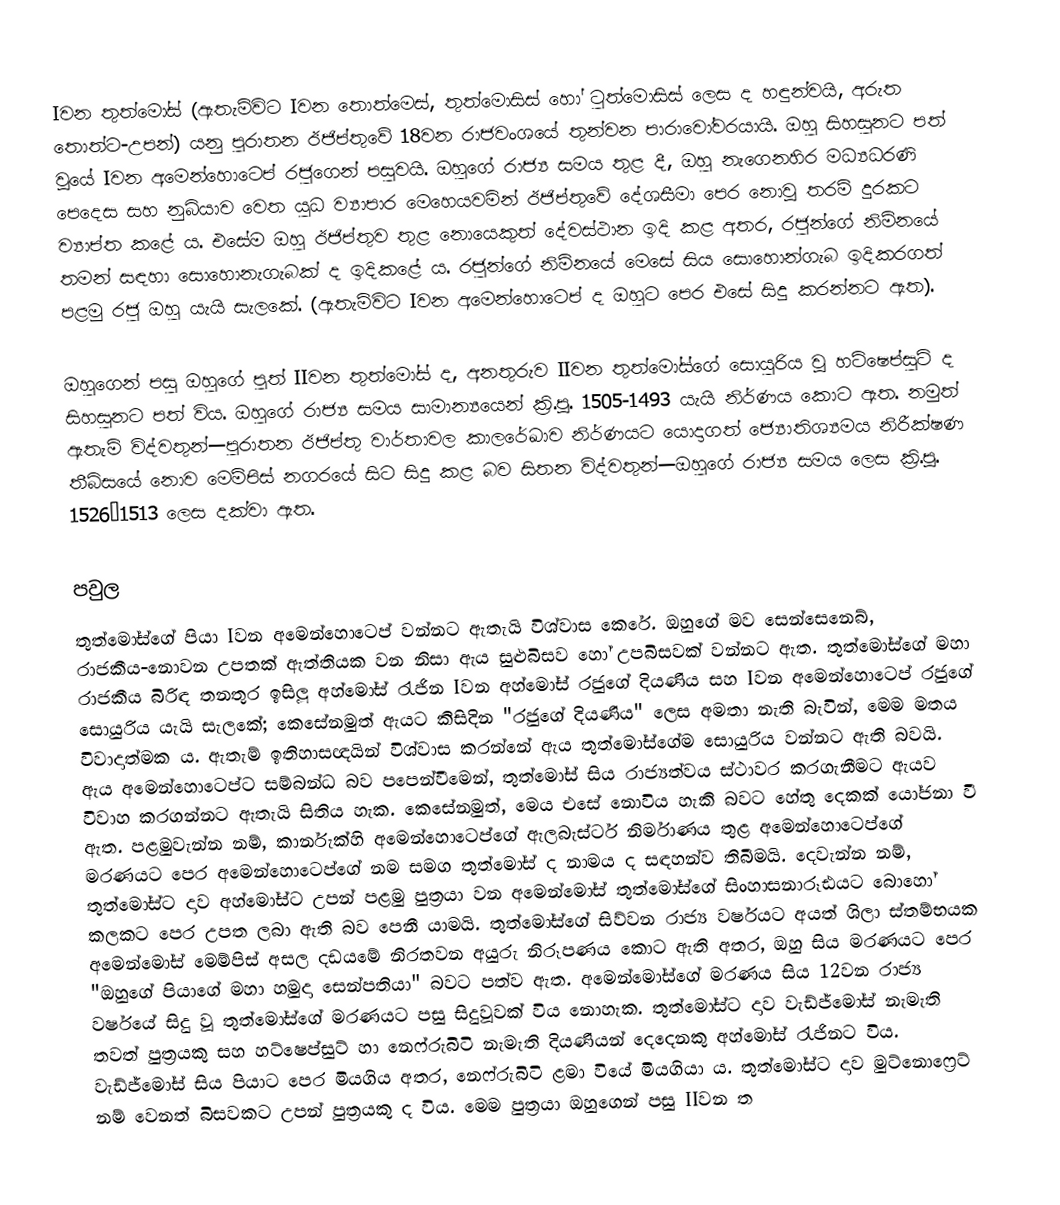
Iවන තුත්මෝස් (ඇතැම්විට Iවන තොත්මෙස්, තුත්මොසිස් හෝ ටුත්මොසිස්  ලෙස ද හඳුන්වයි, අරුත තොත්ට-උපන්) යනු පුරාතන ඊජිප්තුවේ 18වන රාජවංශයේ තුන්වන පාරාවෝවරයායි. ඔහු සිහසුනට පත් වූයේ Iවන අමෙන්හොටෙප් රජුගෙන් පසුවයි. ඔහුගේ රාජ්‍ය සමය තුළ දී, ඔහු නැ‍ගෙනහිර මධ්‍යධරණි පෙදෙස සහ නුබියාව වෙත යුධ ව්‍යාපාර මෙහෙයවමින් ඊජිප්තුවේ දේශසීමා පෙර නොවූ තරම් දුරකට ව්‍යාප්ත කළේ ය. එසේම ඔහු ඊජිප්තුව තුළ නොයෙකුත් දේවස්ථාන ඉදි කළ අතර, රජුන්ගේ නිම්නයේ තමන් සඳහා සොහොනැගැබක් ද ඉදිකළේ ය. රජුන්ගේ නිම්නයේ මෙසේ සිය සොහොන්ගැබ ඉදිකරගත් පළමු රජු ඔහු යැයි සැලකේ. (ඇතැම්විට Iවන අමෙන්හොටෙප් ද ඔහුට පෙර එසේ සිදු කරන්නට ඇත).

ඔහුගෙන් පසු ඔහුගේ පුත් IIවන තුත්මෝස් ද, අනතුරුව IIවන තුත්මෝස්ගේ සොයුරිය වූ හට්ෂෙප්සුට් ද සිහසුනට පත් විය. ඔහුගේ රාජ්‍ය සමය සාමාන්‍යයෙන් ක්‍රි.පූ. 1505-1493 යැයි නිර්ණය කොට ඇත. නමුත් ඇතැම් විද්වතුන්—පුරාතන ඊජිප්තු වාර්තාවල කාලරේඛාව නිර්ණයට යොදාගත් ජ්‍යොතිශ්‍යමය නිරීක්ෂණ තීබ්සයේ නොව මෙම්පිස් නගරයේ සිට සිදු කළ බව සිතන විද්වතුන්—ඔහුගේ රාජ්‍ය සමය ලෙස ක්‍රි.පූ. 1526–1513 ලෙස දක්වා ඇත.

පවුල
තුත්මෝස්ගේ පියා Iවන අමෙන්හොටෙප් වන්නට ඇතැයි විශ්වාස කෙරේ. ඔහුගේ මව සෙන්සෙනෙබ්, රාජකීය-නොවන උපතක් ඇත්තියක වන නිසා ඇය සුළුබිසව හෝ උපබිසවක් වන්නට ඇත. තුත්මෝස්ගේ මහා රාජකීය බිරිඳ තනතුර ඉසිලූ අහ්මෝස් රැජින Iවන අහ්මෝස් රජුගේ දියණිය සහ Iවන අමෙන්හොටෙප් රජුගේ සොයුරිය යැයි සැලකේ; කෙසේනමුත් ඇයට කිසිදින "රජුගේ දියණිය" ලෙස අමතා නැති බැවින්, මෙම මතය විවාදාත්මක ය. ඇතැම් ඉතිහාසඥයින් විශ්වාස කරන්නේ ඇය තුත්මෝස්ගේම සොයුරිය වන්නට ඇති බවයි. ඇය අමෙන්හොටෙප්ට සම්බන්ධ බව පපෙන්වීමෙන්, තුත්මෝස් සිය රාජ්‍යත්වය ස්ථාවර කරගැනීමට ඇයව විවාහ කරගන්නට ඇතැයි සිතිය හැක. කෙසේනමුත්, මෙය එසේ නොවිය හැකි බවට හේතු දෙකක් යෝජනා වී ඇත. පළමුවැන්න නම්, කාර්නැක්හි අමෙන්හොටෙප්ගේ ඇලබැස්ටර් නිර්මාණය තුළ අමෙන්හොටෙප්ගේ මරණයට පෙර අමෙන්හොටෙප්ගේ නම සමග තුත්මෝස් ද නාමය ද සඳහන්ව තිබීමයි. දෙවැන්න නම්, තුත්මෝස්ට දාව අහ්මෝස්ට උපන් පළමු පුත්‍රයා වන අමෙන්මෝස් තුත්මෝස්ගේ සිංහාසනාරූඪයට බොහෝ කලකට පෙර උපත ලබා ඇති බව පෙනී යාමයි. තුත්මෝස්ගේ සිව්වන රාජ්‍ය වර්ෂයට අයත් ශිලා ස්තම්භයක අමෙන්මෝස් මෙම්පිස් අසල දඩයමේ නිරතවන අයුරු නිරූපණය කොට ඇති අතර, ඔහු සිය මරණයට පෙර "ඔහුගේ පියාගේ මහා හමුදා සෙන්පතියා" බවට පත්ව ඇත. අමෙන්මෝස්ගේ මරණය සිය 12වන රාජ්‍ය වර්ෂයේ සිදු වූ තුත්මෝස්ගේ මරණයට පසු සිදුවූවක් විය නොහැක. තුත්මෝස්ට දාව වැඩ්ජ්මෝස් නැමැති තවත් පුත්‍රයකු සහ හට්ෂෙප්සුට් හා නෙෆ්රුබිටි නැමැති දියණියන් දෙදෙනකු අහ්මෝස් රැජිනට විය. වැඩ්ජ්මෝස් සිය පියාට පෙර මියගිය අතර, නෙෆ්රුබිටි ළමා වියේ මියගියා ය. තුත්මෝස්ට දාව මුට්නොෆ්‍රෙට් නම් වෙනත් බිසවකට උපන් පුත්‍රයකු ද විය. මෙම පුත්‍රයා ඔහුගෙන් පසු IIවන ත